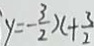
y = - \frac { 3 } { 2 } x + \frac { 3 } { 2 }